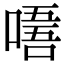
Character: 𠼘